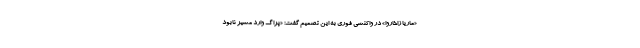
«ماریا زاخاروا» در واکنشی فوری به این تصمیم گفت: «پراگ وارد مسیر نابود